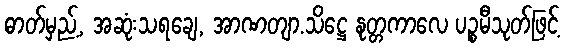
ဓာတ်မှည့်, အဆုံးသရချေ, အာဏတျာ.သိဋ္ဌေ နုတ္တကာလေ ပဉ္စမီသုတ်ဖြင့်